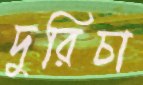
দুরিচা